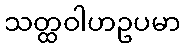
သတ္ထဝါဟဥပမာ